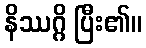
နိဿဂ္ဂိ ပြီး၏။